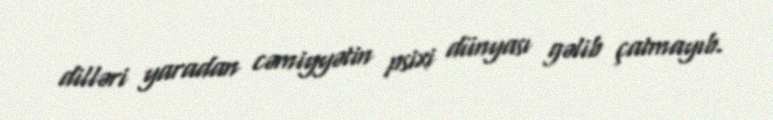
dilləri yaradan cəmiyyətin psixi dünyası gəlib çatmayıb.